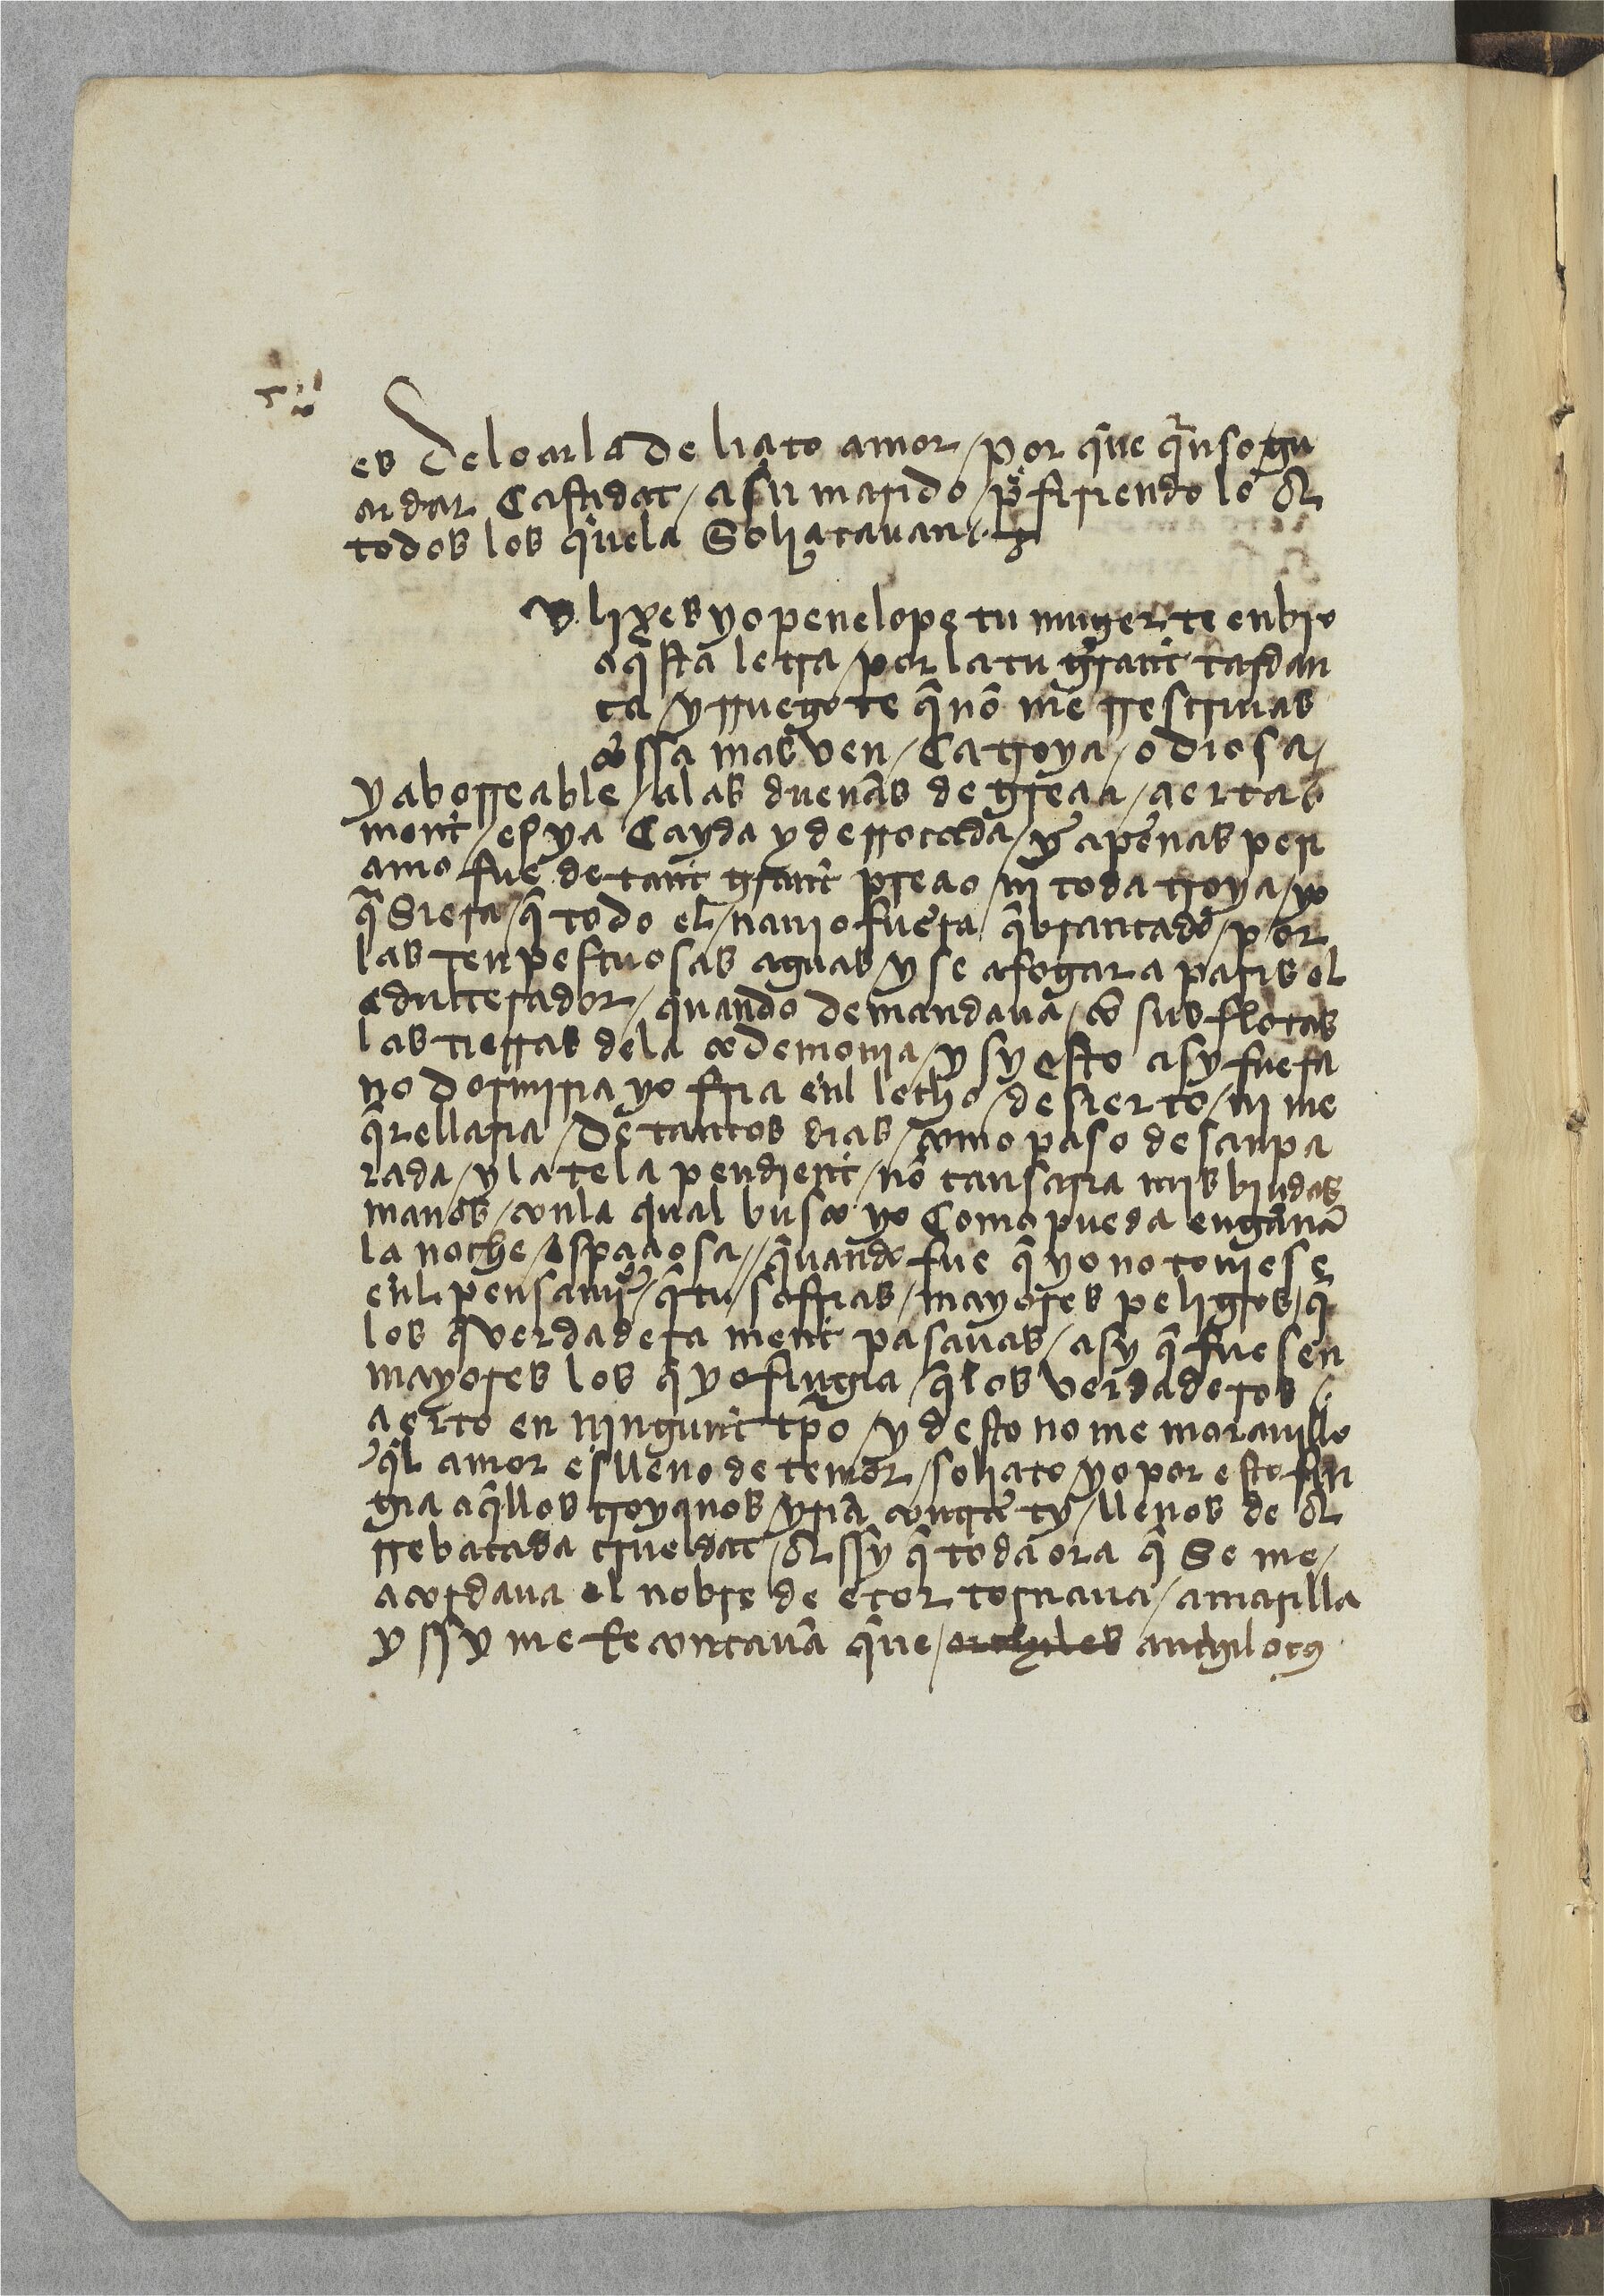
Shelfmark: Paris, BnF, esp. 533
Century: 15